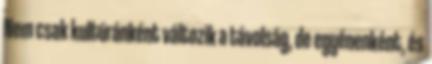
Nem csak kultúránként változik a távolság, de egyénenként, és